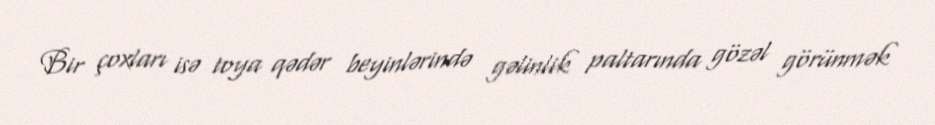
Bir çoxları isə toya qədər beyinlərində gəlinlik paltarında gözəl görünmək